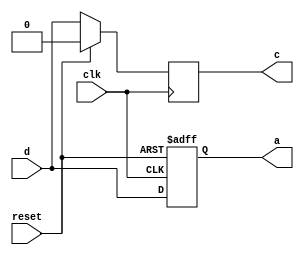
module exp04(output reg a,output reg c,input d,input clk,input reset);
always@(posedge clk or posedge reset)
begin
if(reset)
a<=0;
else
a<=d;
end

always@(posedge clk )
begin
if(reset)
c<=0;
else
c<=d;
end

endmodule